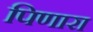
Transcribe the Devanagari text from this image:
पिणारा